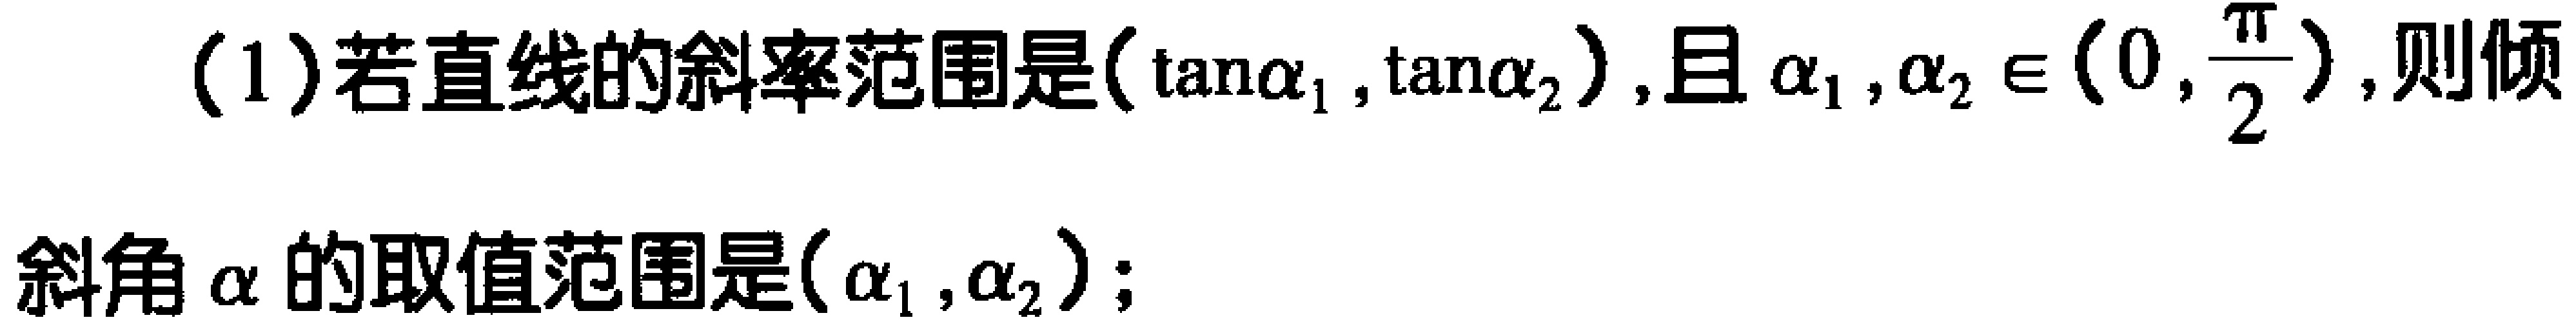
(1)若直线的斜率范围是$(\tan\alpha_{1},\tan\alpha_{2})$，且$\alpha_{1},\alpha_{2}\in(0,\frac{\pi}{2})$，则倾
斜角$\alpha$的取值范围是$(\alpha_{1},\alpha_{2})$；